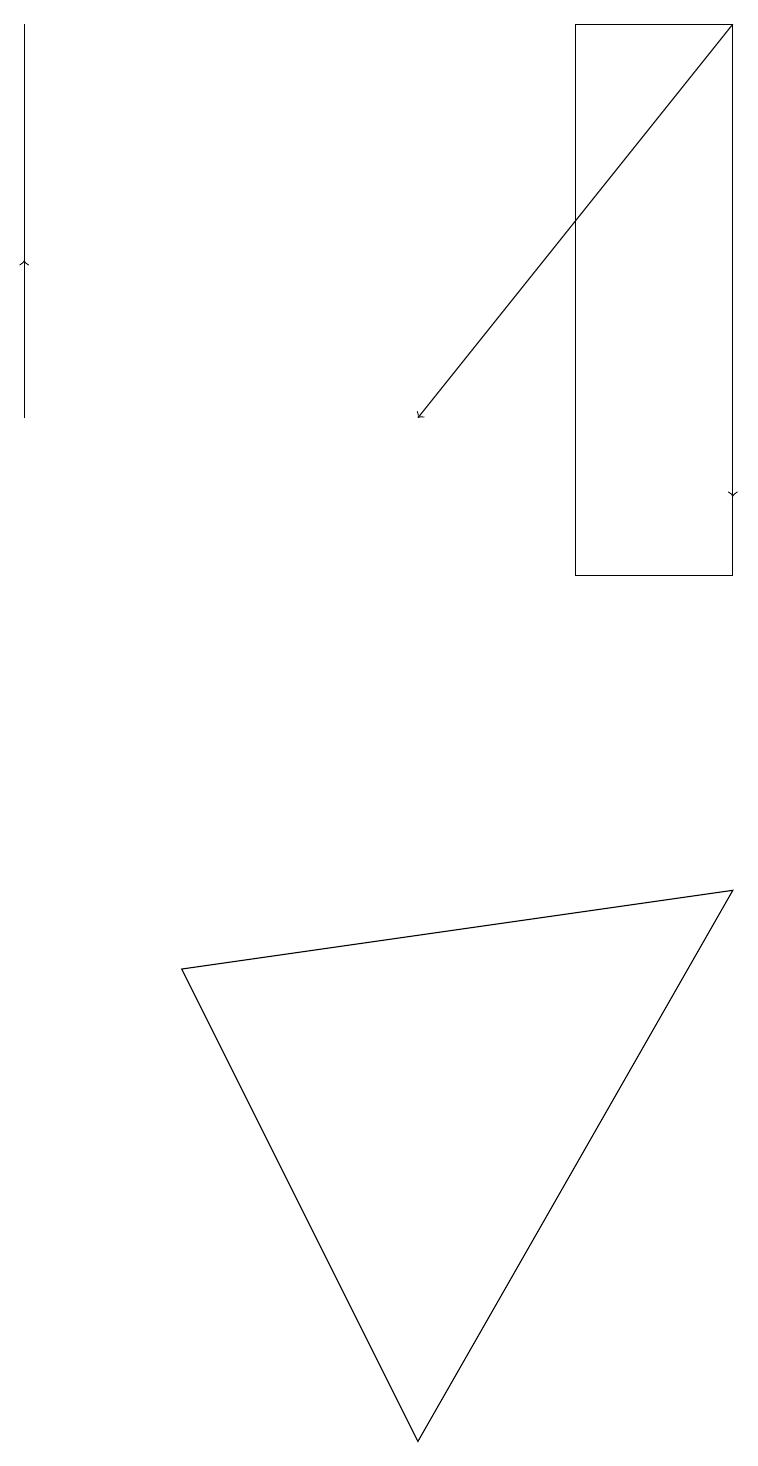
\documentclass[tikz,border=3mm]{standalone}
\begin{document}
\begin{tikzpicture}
\draw (9,8) -- (5,1) -- (2,7) -- cycle;
\draw (7,12) rectangle (9,19);
\draw[->] (0,15) -- (0,16);
\draw[->] (9,18) -- (9,13);
\draw (0,19) rectangle (0,14);
\draw[->] (9,19) -- (5,14);
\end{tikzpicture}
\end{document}